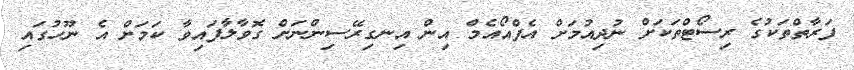
ފަރާތްތަކުގެ ރިސޯޓްތަކަށް ނުދިއުމަށް އެފްއޯއެމް އިން އިނގިރޭސިންނަށް ގޮވާލާފައިވާ ކަމަށް އެ ނޫހުގައި